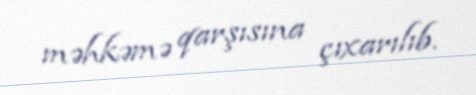
məhkəmə qarşısına çıxarılıb.